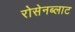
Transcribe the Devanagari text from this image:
रोसेनब्लाट